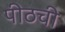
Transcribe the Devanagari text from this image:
पीठची